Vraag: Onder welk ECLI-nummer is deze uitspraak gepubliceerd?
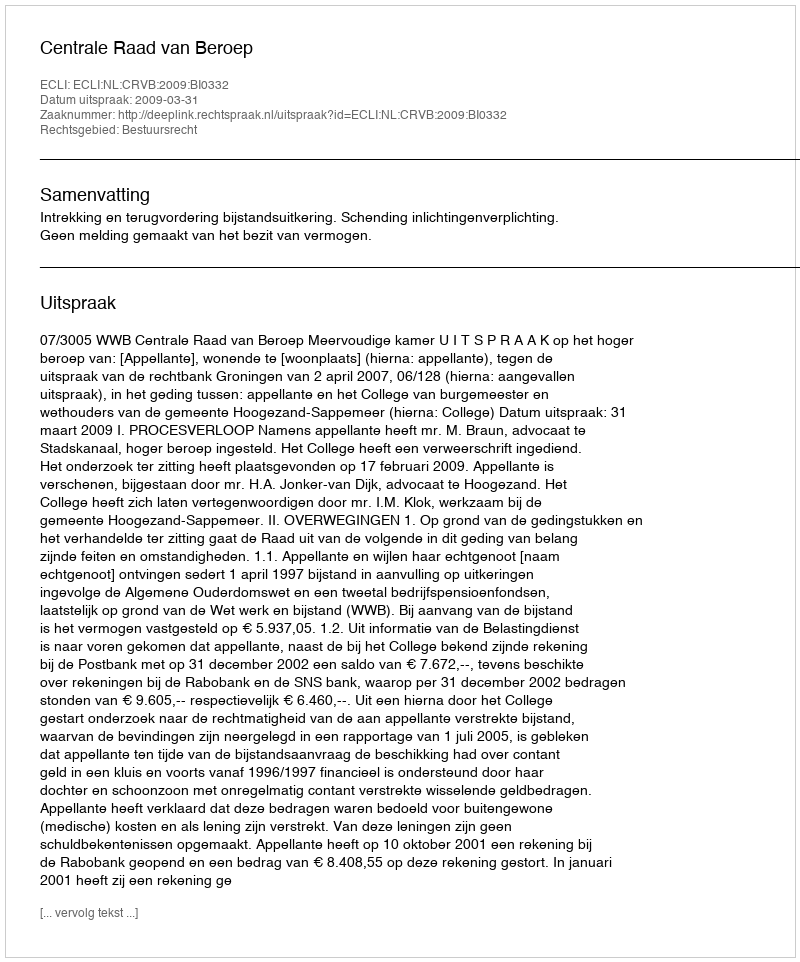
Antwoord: ECLI:NL:CRVB:2009:BI0332